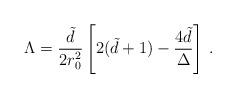
LaTeX: \begin{align*}\Lambda = {\tilde d \over 2r_0^2} \left[ 2(\tilde d+1)-{4\tilde d \over \Delta}\right] \, .\end{align*}